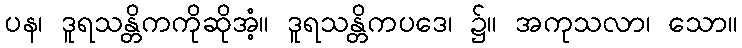
ပန၊ ဒူရသန္တိကကိုဆိုအံ့။ ဒူရသန္တိကပဒေ၊ ၌။ အကုသလာ၊ သော။